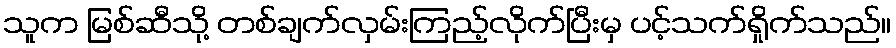
သူက မြစ်ဆီသို့ တစ်ချက်လှမ်းကြည့်လိုက်ပြီးမှ ပင့်သက်ရှိုက်သည်။